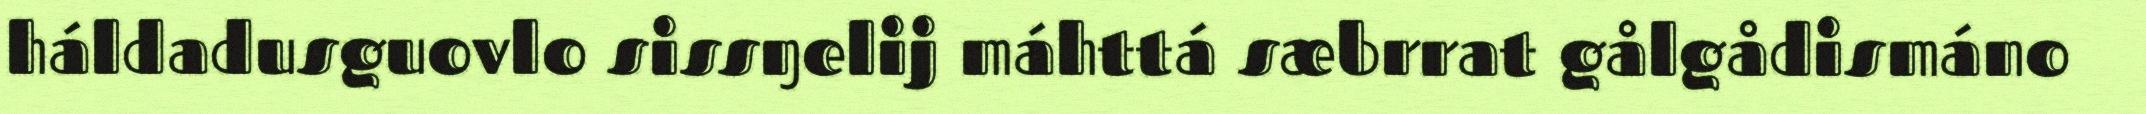
háldadusguovlo sissŋelij máhttá sæbrrat gålgådismáno